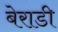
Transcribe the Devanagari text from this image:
बेराडी